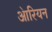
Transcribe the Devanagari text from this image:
आ॓रियन